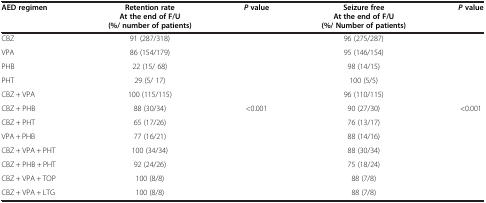
<table><thead><tr><td><b>AED regimen</b></td><td><b>Retention rate At the end of F/U (%/ number of patients)</b></td><td><b><i>P </i>value</b></td><td><b>Seizure free At the end of F/U (%/ Number of patients)</b></td><td><b><i>P </i>value</b></td></tr></thead><tbody><tr><td>CBZ</td><td>91 (287/318)</td><td> </td><td>96 (275/287)</td><td> </td></tr><tr><td>VPA</td><td>86 (154/179)</td><td> </td><td>95 (146/154)</td><td> </td></tr><tr><td>PHB</td><td>22 (15/ 68)</td><td> </td><td>98 (14/15)</td><td> </td></tr><tr><td>PHT</td><td>29 (5/ 17)</td><td> </td><td>100 (5/5)</td><td> </td></tr><tr><td>CBZ + VPA</td><td>100 (115/115)</td><td> </td><td>96 (110/115)</td><td> </td></tr><tr><td>CBZ + PHB</td><td>88 (30/34)</td><td>&lt;0.001</td><td>90 (27/30)</td><td>&lt;0.001</td></tr><tr><td>CBZ + PHT</td><td>65 (17/26)</td><td> </td><td>76 (13/17)</td><td> </td></tr><tr><td>VPA + PHB</td><td>77 (16/21)</td><td> </td><td>88 (14/16)</td><td> </td></tr><tr><td>CBZ + VPA + PHT</td><td>100 (34/34)</td><td> </td><td>88 (30/34)</td><td> </td></tr><tr><td>CBZ + PHB + PHT</td><td>92 (24/26)</td><td> </td><td>75 (18/24)</td><td> </td></tr><tr><td>CBZ + VPA + TOP</td><td>100 (8/8)</td><td> </td><td>88 (7/8)</td><td> </td></tr><tr><td>CBZ + VPA + LTG</td><td>100 (8/8)</td><td> </td><td>88 (7/8)</td><td> </td></tr></tbody></table>